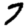
Digit: 7